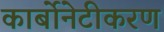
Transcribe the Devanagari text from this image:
कार्बोनेटीकरण